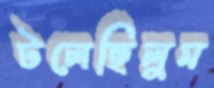
টলেছিলুম